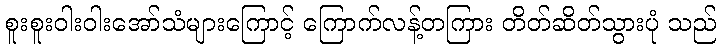
စူးစူးဝါးဝါးအော်သံများကြောင့် ကြောက်လန့်တကြား တိတ်ဆိတ်သွားပုံ သည်